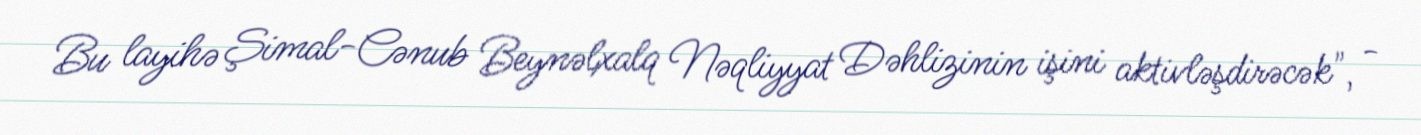
Bu layihə Şimal-Cənub Beynəlxalq Nəqliyyat Dəhlizinin işini aktivləşdirəcək", -